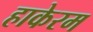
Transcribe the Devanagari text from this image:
हाकेरम